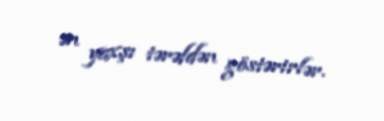
ən yaxşı tərəfdən göstərirlər.